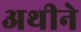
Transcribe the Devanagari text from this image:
अथीने